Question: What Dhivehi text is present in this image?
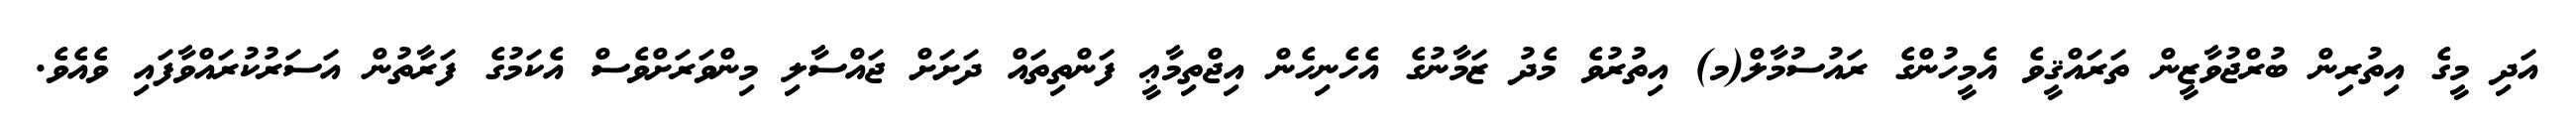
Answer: އަދި މީގެ އިތުރިން ބުރްޖުވާޒީން ތަރައްޤީވެ އެމީހުންގެ ރައުސުމާލް(މ) އިތުރުވެ މެދު ޒަމާނުގެ އެހެނިހެން އިޖްތިމާޢީ ފަންތިތައް ދަށަށް ޖައްސާލި މިންވަރަށްވެސް އެކަމުގެ ފަރާތުން އަސަރުކުރައްވާފައި ވެއެވެ.